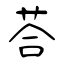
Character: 荅